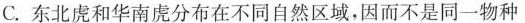
C.东北虑和华南虏分布在不同自然区域，因而不是同一物种